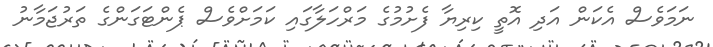
ނަމަވެސް އެކަން އަދި އޮތީ ކިރިޔާ ފެށުމުގެ މަރްހަލާގައި ކަމަށްވެސް ޕެންޓަގަންގެ ތަރުޖަމާނު